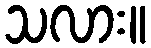
သလား။